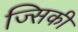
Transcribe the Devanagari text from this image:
ज्सिकी